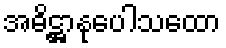
အဓိဋ္ဌာနုပေါသထော